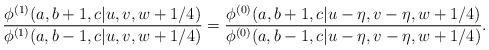
\begin{align*}\displaystyle{\frac{\phi^{(1)}(a,b+1,c|u,v,w+1/4)} {\phi^{(1)}(a,b-1,c|u,v,w+1/4)}} = \displaystyle{\frac{\phi^{(0)}(a,b+1,c|u-\eta,v-\eta,w+1/4)} {\phi^{(0)}(a,b-1,c|u-\eta,v-\eta,w+1/4)}}. \end{align*}